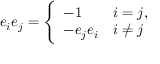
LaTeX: e _ { i } e _ { j } = { \Bigg \{ } { \begin{array} { l l } { - 1 } & { i = j , } \\ { - e _ { j } e _ { i } } & { i \not = j } \end{array} }